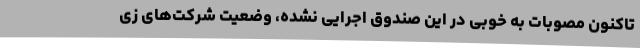
تاکنون مصوبات به خوبی در این صندوق اجرایی نشده، وضعیت شرکت‌های زی